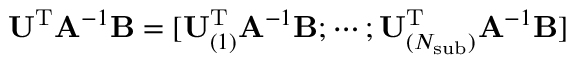
\mathbf { U } ^ { \mathrm { T } } \mathbf { A } ^ { - 1 } \mathbf { B } = [ \mathbf { U } _ { ( 1 ) } ^ { \mathrm { T } } \mathbf { A } ^ { - 1 } \mathbf { B } ; \cdots ; \mathbf { U } _ { ( N _ { \mathrm { s u b } } ) } ^ { \mathrm { T } } \mathbf { A } ^ { - 1 } \mathbf { B } ]